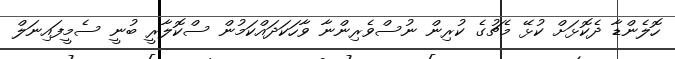
ހޮލެންޑާ ދެކޮޅަށް ކުޅޭ މެޗުގެ ކުރިން ނުސްވެރިންނާ ވާހަކަދައްކަމުން ސްކޮލާރީ ބުނީ ސެމީފައިނަލް